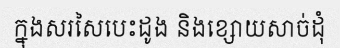
ក្នុងសរសៃបេះដូង និងខ្សោយសាច់ដុំ